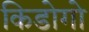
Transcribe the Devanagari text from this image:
किडोगो